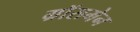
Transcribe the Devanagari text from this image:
ग्रॉसमेन